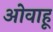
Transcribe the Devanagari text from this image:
ओवाहू